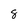
Character: 8